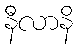
နီလာနိ